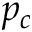
p _ { c }